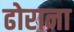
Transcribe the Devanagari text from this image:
ढोराना